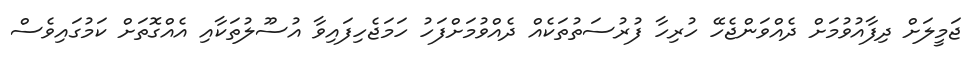
ޖަމީލަށް ދިފާއުވުމަށް ދެއްވަންޖެހޭ ހުރިހާ ފުރުސަތުތަކެއް ދެއްވުމަށްފަހު ހަމަޖެހިފައިވާ އުސޫލުތަކާއި އެއްގޮތަށް ކަމުގައިވެސް